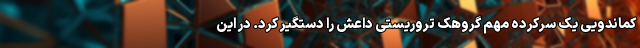
کماندویی یک سرکرده مهم گروهک تروریستی داعش را دستگیر کرد. در این